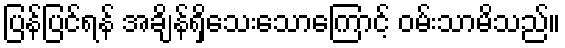
ပြန်ပြင်ရန် အချိန်ရှိသေးသောကြောင့် ဝမ်းသာမိသည်။